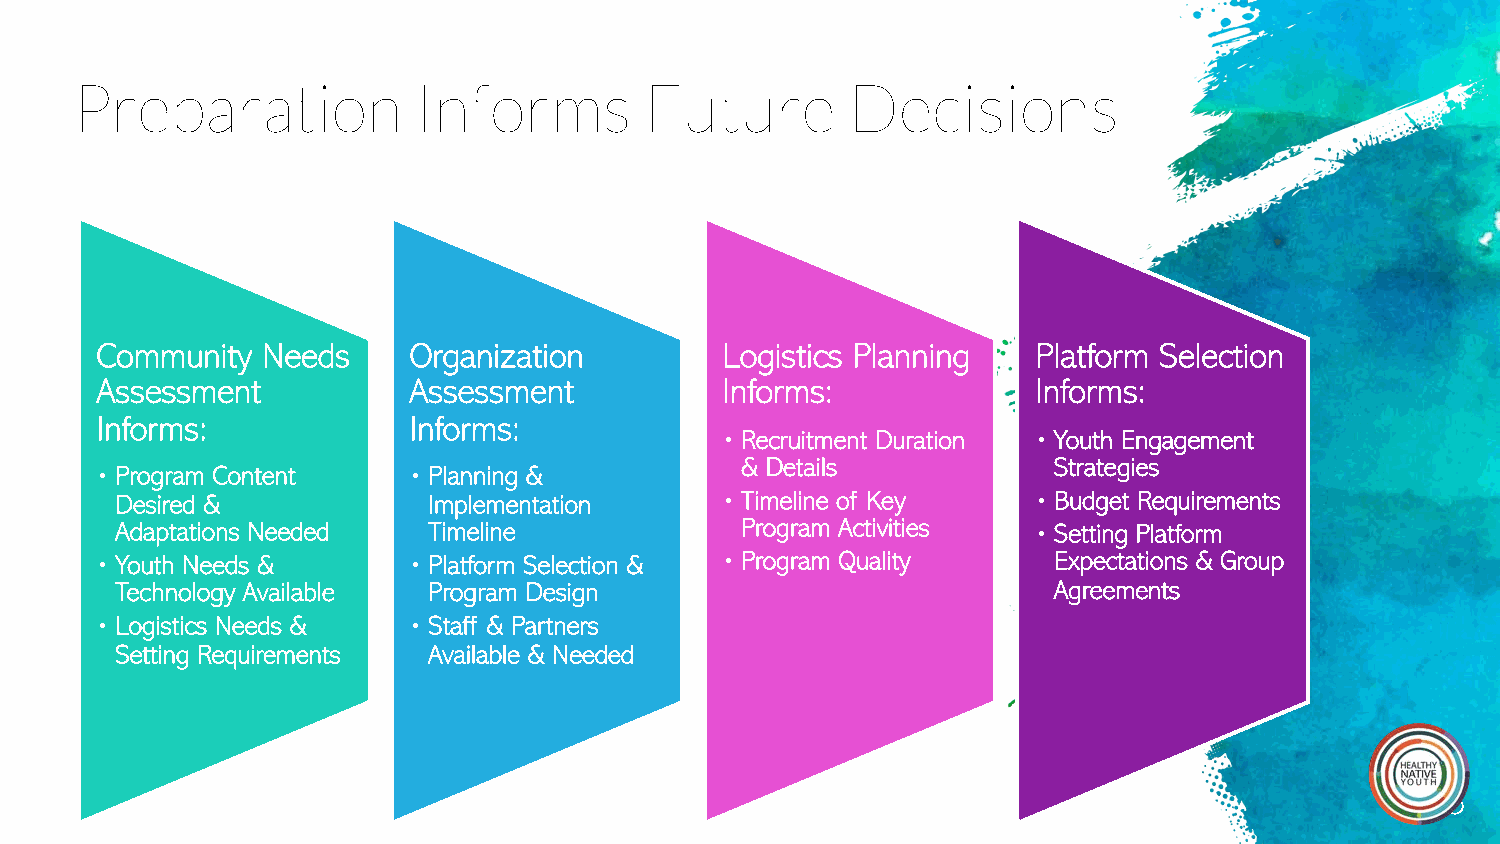
Preparation           Informs         Future       Decisions
 Community  Needs     Organization         Logistics Planning   Platform Selection
 Assessment           Assessment           Informs:             Informs:
 Informs:             Informs:
 •Recruitment Duration •Youth Engagement
 & Details            Strategies
 •Program Content     •Planning &
 Desired &           Implementation      •Timeline of Key     •Budget Requirements
 Adaptations Needed  Timeline             Program Activities  •Setting Platform
 •Youth Needs &       •Platform Selection & •Program Quality     Expectations & Group
 Technology Available Program Design                           Agreements
 •Logistics Needs &   •Staff & Partners
 Setting Requirements Available & Needed
 16